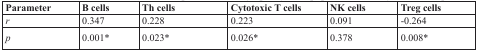
| Parameter | B cells | Th cells | Cytotoxic T cells | NK cells | Treg cells |
 | --- | --- | --- | --- | --- | --- |
 | r | 0.347 | 0.228 | 0.223 | 0.091 | -0.264 |
 | p | 0.001* | 0.023* | 0.026* | 0.378 | 0.008* |